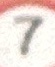
7